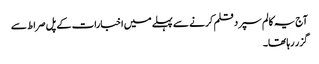
آج یہ کالم سپرد قلم کرنے سے پہلے میں اخبارات کے پل صراط سے
گزر رہا تھا۔